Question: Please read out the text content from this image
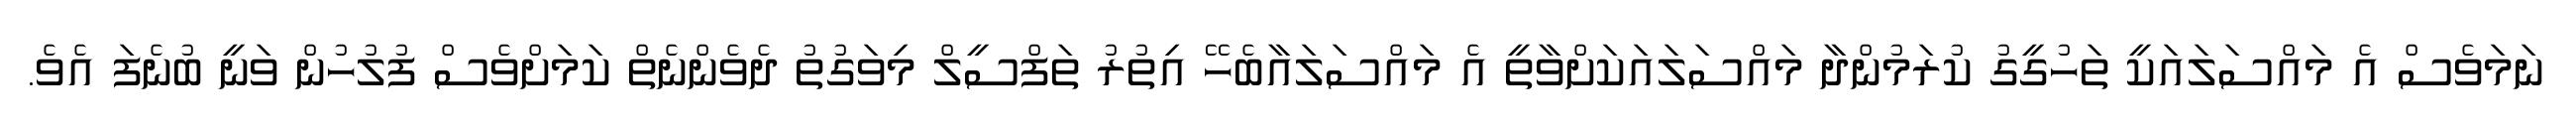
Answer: ނަމަވެސް އެ މައްސަލައަކީ ތަހުގީގު ކުރަމުންދާ މައްސަލައަކަށްވާތީ އެ މައްސަލައާބެހޭ އިތުރު ތަފްސީލް މިވަގުތު ދެވެންނެތް ކަމަށްވެސް ފުލުހުން ވަނީ ބުނެފަ އެވެ.